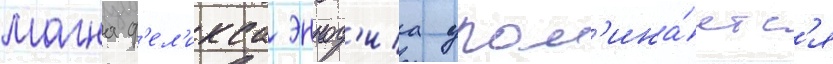
магна ф'ел'икса эннод'иа упом'ина́етс'я